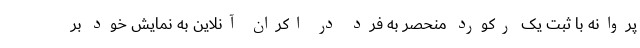
پروانه با ثبت یک رکورد منحصر به فرد در اکران آنلاین به نمایش خود بر